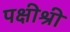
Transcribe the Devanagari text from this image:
पक्षीश्री